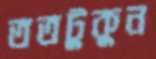
ততটুকুন